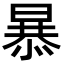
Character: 𭧂